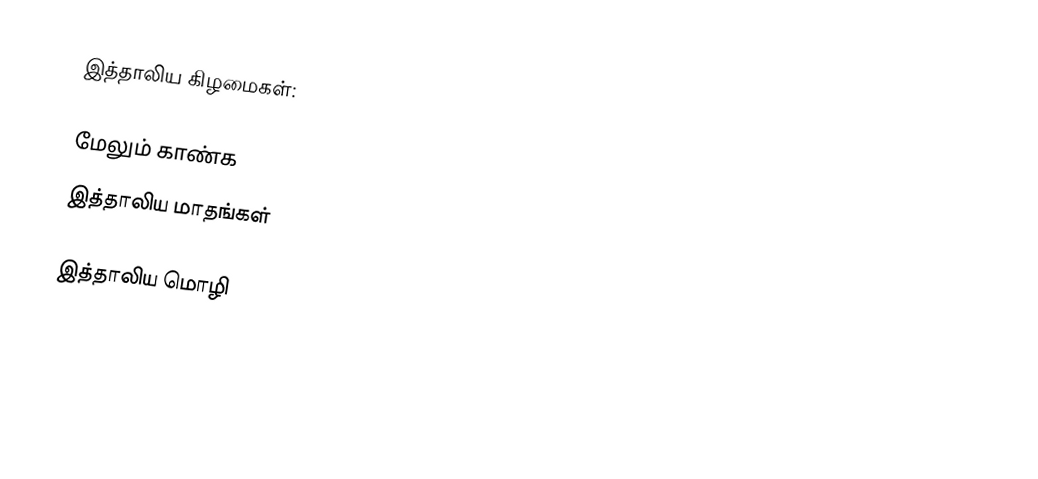
இத்தாலிய கிழமைகள்:

மேலும் காண்க
 இத்தாலிய மாதங்கள்

 இத்தாலிய மொழி